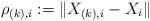
LaTeX: \begin{align*}\rho_{(k),i} := \|X_{(k),i} - X_i\|\end{align*}